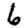
Digit: 6